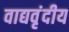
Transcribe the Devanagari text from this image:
वाद्यवृंदीय